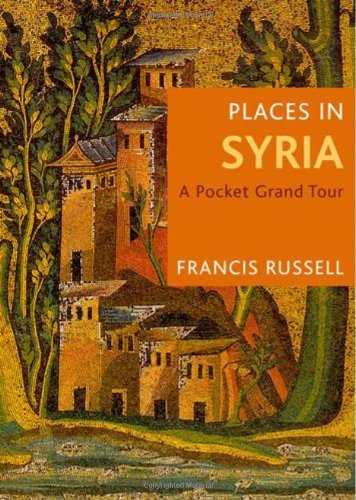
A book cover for Places in Syria: A Pocket Grand Tour; Francis Russell; Travel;